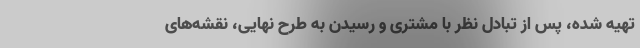
تهیه شده، پس از تبادل نظر با مشتری و رسیدن به طرح نهایی، نقشه‌های